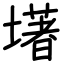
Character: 墸